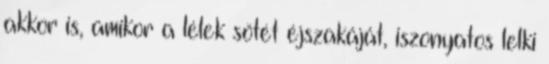
akkor is, amikor a lélek sötét éjszakáját, iszonyatos lelki